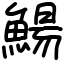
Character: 鰑